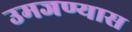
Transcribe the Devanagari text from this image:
उमजण्यास